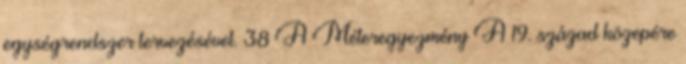
egységrendszer tervezésével. 38 A Méteregyezmény A 19. század közepére